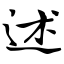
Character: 述